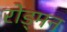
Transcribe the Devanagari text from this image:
रोड्मन